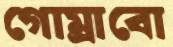
গোম্‌রাবো